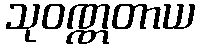
သုဝဏ္ဏတာယ